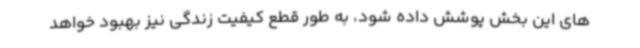
های این بخش پوشش داده شود، به طور قطع کیفیت زندگی نیز بهبود خواهد